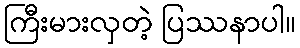
ကြီးမားလှတဲ့ ပြဿနာပါ။